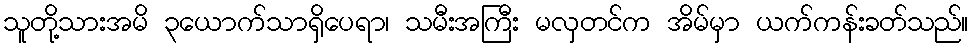
သူတို့သားအမိ ၃ယောက်သာရှိပေရာ၊ သမီးအကြီး မလှတင်က အိမ်မှာ ယက်ကန်းခတ်သည်။